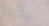
متواصلة